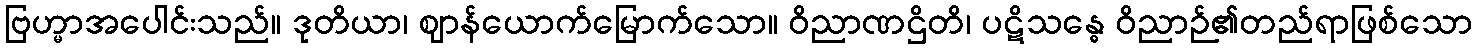
ဗြဟ္မာအပေါင်းသည်။ ဒုတိယာ၊ ဈာန်ယောက်မြောက်သော။ ဝိညာဏဌိတိ၊ ပဋိသန္ဓေ ဝိညာဉ်၏တည်ရာဖြစ်သော